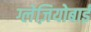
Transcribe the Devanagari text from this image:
ग्लेज़ियोबाई